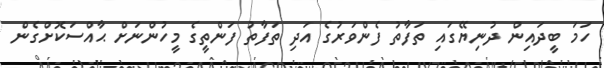
ހަމަ ބީދައިން ދުނިޔޭގައި ތަފާތު ފެންވަރުގެ އަދި ތަފާތު ފަންތީގެ މީހުންނަށް ޙާއްސަކޮށްގެން